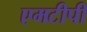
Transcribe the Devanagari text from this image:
एमटीपी